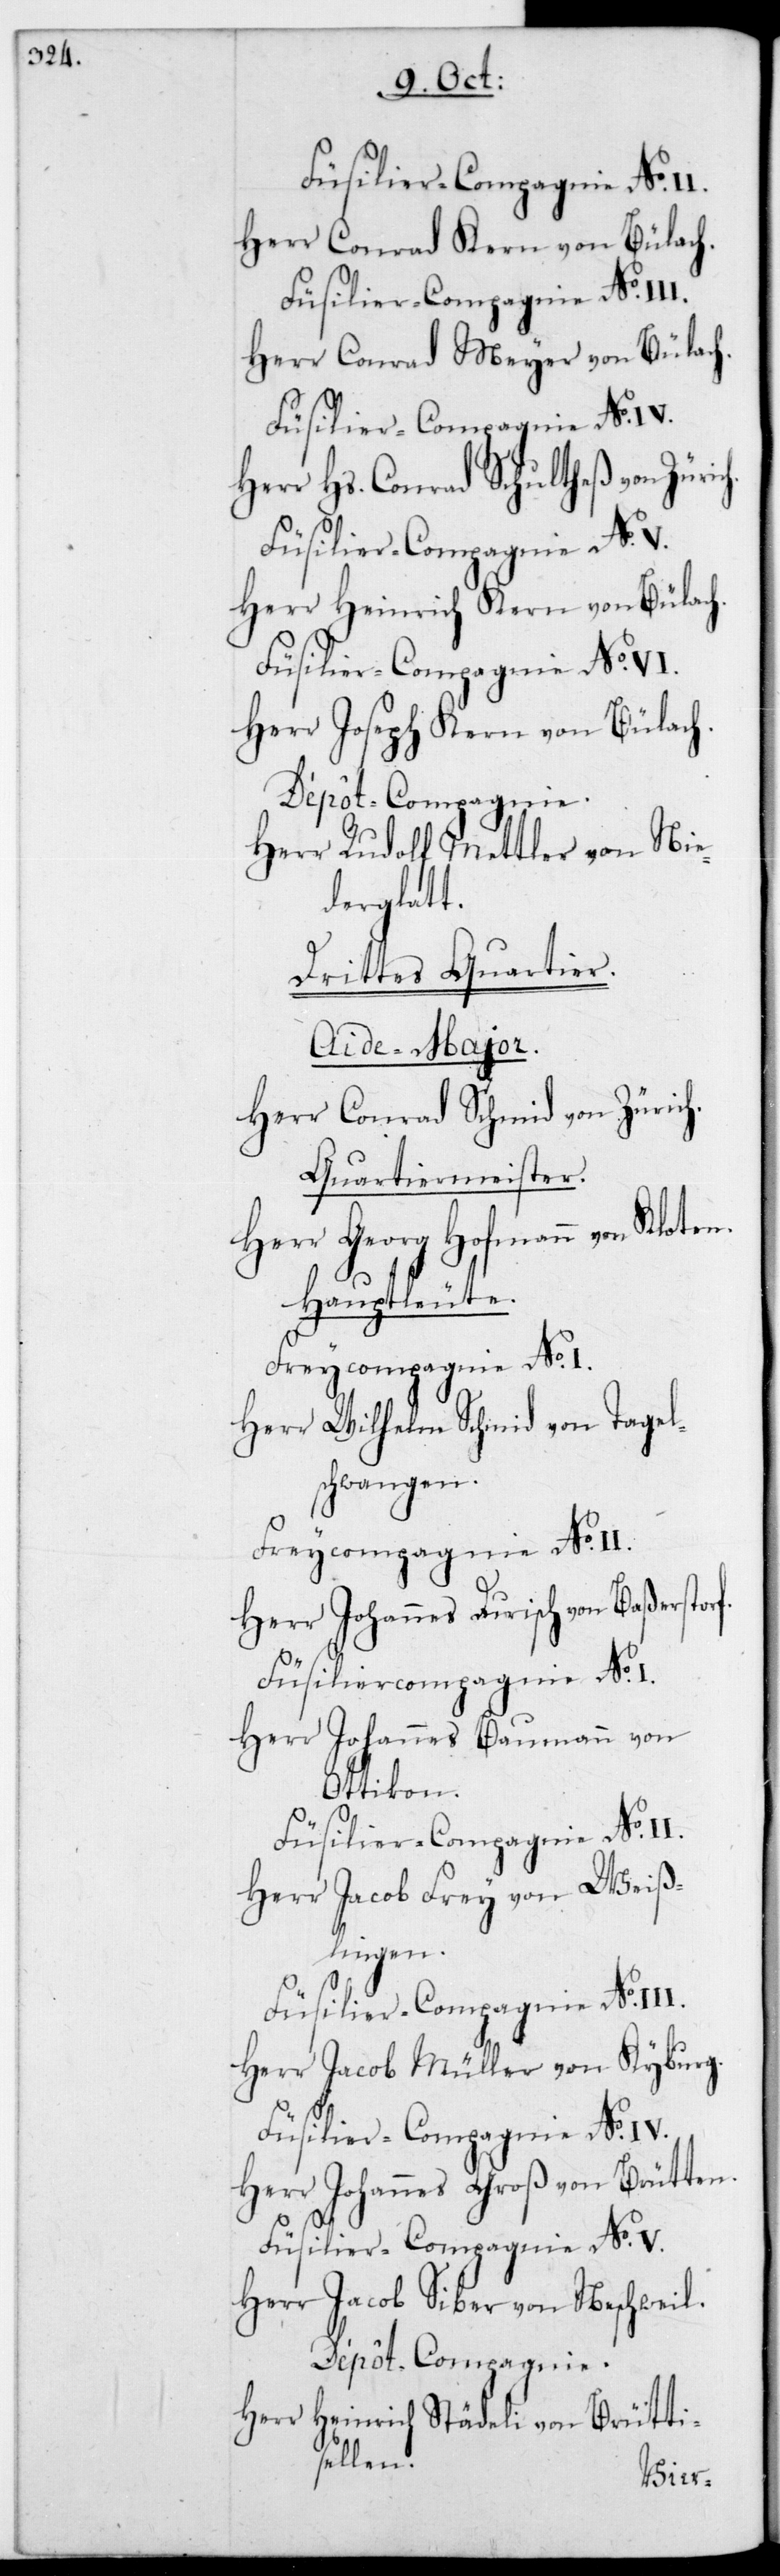
f.

Herr Conrad Kern von Bülach.
Füsilier-Compagnie No III.
Herr Conrad Meyer von Bülach.
Füsilier-Compagnie No IV.
Herr Hs. Conrad Schultheß von Zür¬
Füsilier-Compagnie No V.
Herr Heinrich Kern von Bülach.
Füsilier-Compagnie No VI.
Herr Joseph Kern von Bülach.
Dépôt-Compagnie.
Herr Rudolf Mettler von Nie¬
derglatt.
Drittes Quartier.
Aide-Major.
Herr Conrad Schmid von Zürich.
Quartiermeister.
Herr Georg Hofmann von Kloten.
Hauptleute.
Freycompagnie No I.
Herr Wilhelm Schmid von Tagel¬
schwangen.
Freycompagnie No II.
Herr Johannes Durisch von Baßerstor¬
Herr Johannes Baumann von
Ottikon.4
Füsilier-Compagnie No II.
Herr Jacob Frey von Weiß¬
lingen.
Füsilier-Compagnie No III.
Herr Jacob Müller von Kyburg.
Füsilier-Compagnie No IV.
Herr Johannes Groß von Brütten.
Füsilier-Compagnie No V.
Herr Jacob Siber von Neschweil.
Dépôt-Compagnie.
Herr Heinrich Städeli von Brütti¬
sellen.
ich.